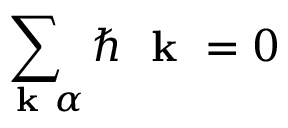
\sum _ { \mathrm { ~ \bf ~ k ~ } \alpha } \hbar \mathrm { ~ \bf ~ k ~ } = 0